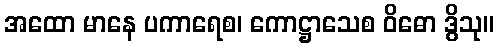
အထော မာနေ ပကာရေစ၊ ကောဋ္ဌာသေစ ဝိဓော ဒွိသု။